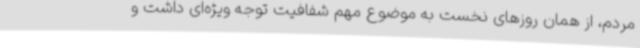
مردم، از همان روزهای نخست به موضوع مهم شفافیت توجه ویژه‌ای داشت و